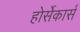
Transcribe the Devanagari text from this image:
होर्सेकार्स